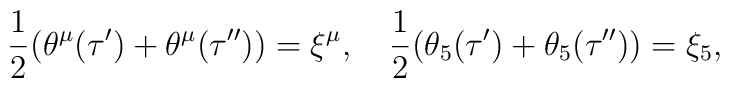
\frac12(\theta^\mu(\tau')+\theta^\mu(\tau''))=\xi^\mu,\quad\frac12(\theta_5(\tau')+\theta_5(\tau''))=\xi_5,